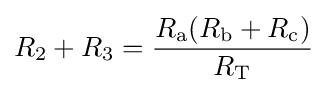
R_{2}+R_{3}={\frac {R_{\text{a}}(R_{\text{b}}+R_{\text{c}})}{R_{\text{T}}}}